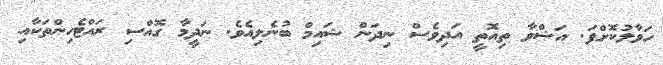
ހަވާލުކޮށްފަ. އަޝްވާ ތިއޮތީ އަދިވެސް ނިދަން ޝައިމް ބުނެލިއެވެ. ނަދީމާ ގޮއްސި ރައްޓެހިންތަކާއި